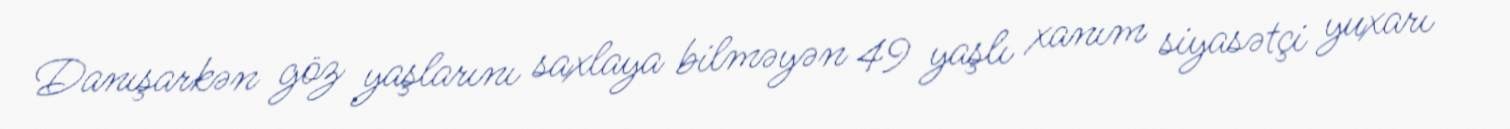
Danışarkən göz yaşlarını saxlaya bilməyən 49 yaşlı xanım siyasətçi yuxarı